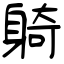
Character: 躸